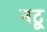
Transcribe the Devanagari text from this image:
नटू